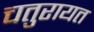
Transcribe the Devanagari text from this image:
चतुरायत